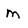
Character: m